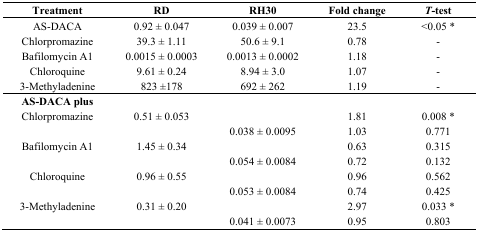
| Treatment | RD | RH30 | Fold change | T-test |
 | --- | --- | --- | --- | --- |
 | AS-DACA | 0.92 ± 0.047 | 0.039 ± 0.007 | 23.5 | <0.05 * |
 | Chlorpromazine | 39.3 ± 1.11 | 50.6 ± 9.1 | 0.78 | - |
 | Bafilomycin A1 | 0.0015 ± 0.0003 | 0.0013 ± 0.0002 | 1.18 | - |
 | Chloroquine | 9.61 ± 0.24 | 8.94 ± 3.0 | 1.07 | - |
 | 3-Methyladenine | 823 ±178 | 692 ± 262 | 1.19 | - |
 | AS-DACA plus |  |  |  |  |
 | Chlorpromazine | 0.51 ± 0.053 |  | 1.81 | 0.008 * |
 |  |  | 0.038 ± 0.0095 | 1.03 | 0.771 |
 | Bafilomycin A1 | 1.45 ± 0.34 |  | 0.63 | 0.315 |
 |  |  | 0.054 ± 0.0084 | 0.72 | 0.132 |
 | Chloroquine | 0.96 ± 0.55 |  | 0.96 | 0.562 |
 |  |  | 0.053 ± 0.0084 | 0.74 | 0.425 |
 | 3-Methyladenine | 0.31 ± 0.20 |  | 2.97 | 0.033 * |
 |  |  | 0.041 ± 0.0073 | 0.95 | 0.803 |